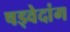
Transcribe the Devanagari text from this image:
षड्वेदांग